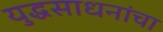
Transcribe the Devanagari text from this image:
युद्धसाधनांचा